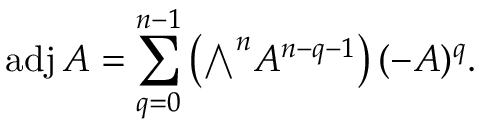
\operatorname { a d j } A = \sum _ { q = 0 } ^ { n - 1 } \left( { \textstyle \bigwedge } ^ { n } A ^ { n - q - 1 } \right) ( - A ) ^ { q } .